Document type: Dowry acquittance
Year: 1427
Scribe: Pere Tarafa
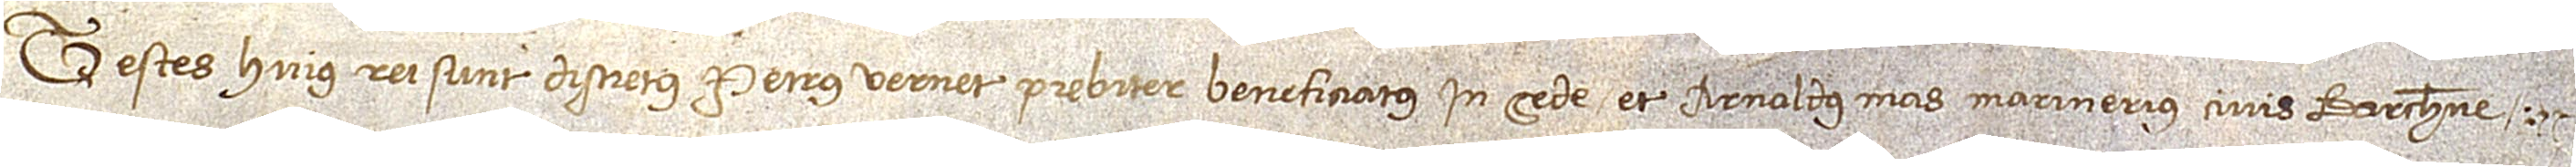
Testes huius rei sunt: discretus Petrus Vernet, prebiter beneficiatus in Sede, et Arnaldus Mas, marinerius, civis Barchinone.